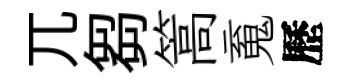
兀芻篙䰟歷